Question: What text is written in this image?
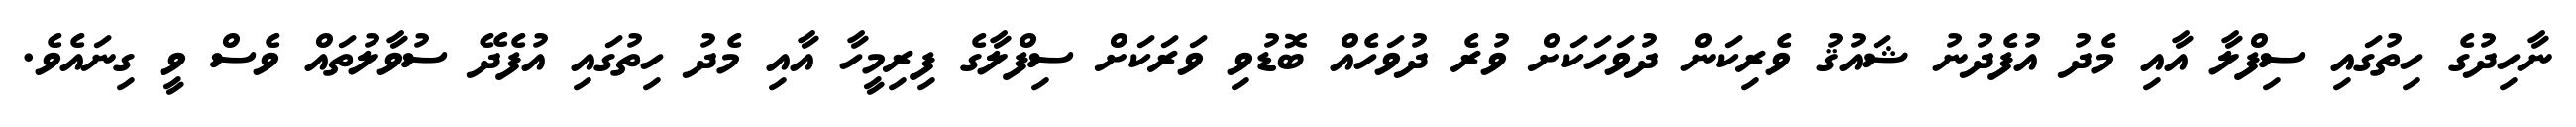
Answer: ނާހިދުގެ ހިތުގައި ސިފްލާ އާއި މެދު އުފެދުނު ޝައުޤު ވެރިކަން ދުވަހަކަށް ވުރެ ދުވަހެއް ބޮޑުވި ވަރަކަށް ސިފްލާގެ ފިރިމީހާ އާއި މެދު ހިތުގައި އުފެދޭ ސުވާލުތައް ވެސް ވީ ގިނައެވެ.